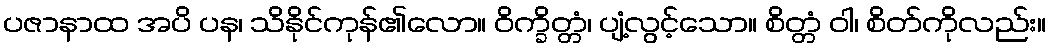
ပဇာနာထ အပိ ပန၊ သိနိုင်ကုန်၏လော။ ဝိက္ခိတ္တံ၊ ပျံ့လွင့်သော။ စိတ္တံ ဝါ၊ စိတ်ကိုလည်း။